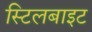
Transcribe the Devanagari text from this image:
स्टिलबाइट